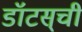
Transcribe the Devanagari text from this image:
डॉटस्‌ची